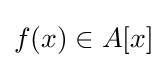
f(x)\in A[x]